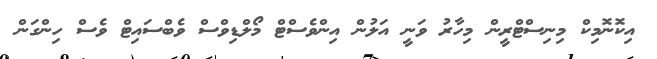
އިކޮނޮމިކް މިނިސްޓްރީން މިހާރު ވަނީ އަލުން އިންވެސްޓް މޯލްޑިވްސް ވެބްސައިޓް ވެސް ހިންގަން